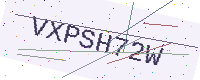
Text: VXPSH72W